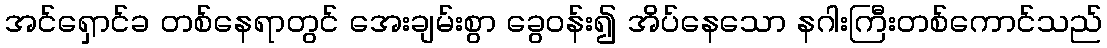
အင်ရှောင်ခ တစ်နေရာတွင် အေးချမ်းစွာ ခွေဝန်း၍ အိပ်နေသော နဂါးကြီးတစ်ကောင်သည်